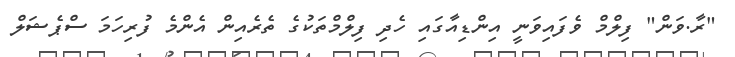
"ރާ.ވަން" ފިލްމް ވެފައިވަނީ އިންޑިއާގައި ހެދި ފިލްމްތަކުގެ ތެރެއިން އެންމެ ފުރިހަމަ ސްޕެޝަލް